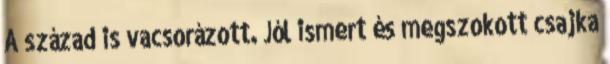
A század is vacsorázott. Jól ismert és megszokott csajka